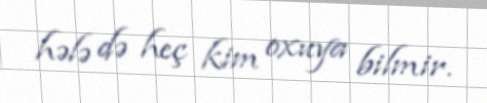
hələ də heç kim oxuya bilmir.